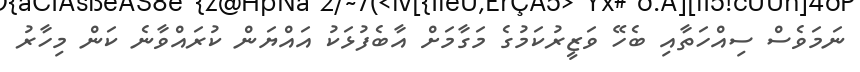
ނަމަވެސް ސިއްހަތާއި ބެހޭ ވަޒީރުކަމުގެ މަގާމަށް އާބެފުޅަކު އައްޔަން ކުރައްވާނެ ކަން މިހާރު